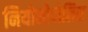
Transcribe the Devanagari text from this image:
नियोनोपोलिस